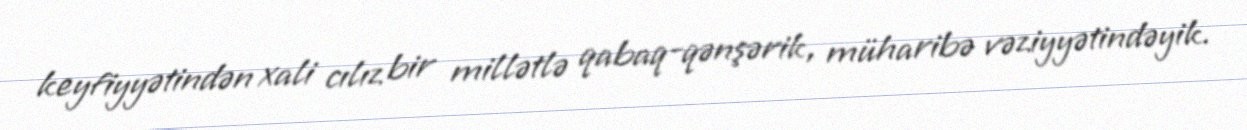
keyfiyyətindən xali cılız bir millətlə qabaq-qənşərik, müharibə vəziyyətindəyik.